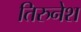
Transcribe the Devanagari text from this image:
तिरुनेश